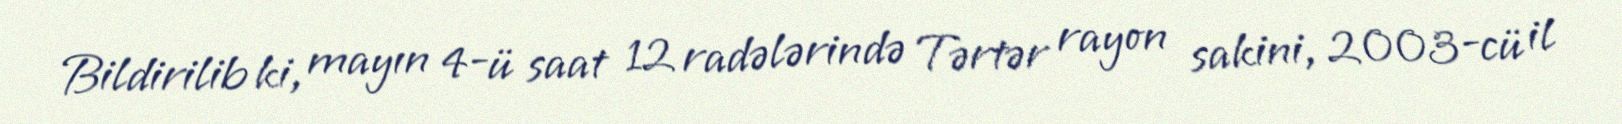
Bildirilib ki, mayın 4-ü saat 12 radələrində Tərtər rayon sakini, 2003-cü il